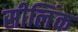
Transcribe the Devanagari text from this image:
सीलिंक